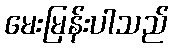
မေးမြန်းပါသည်